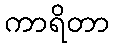
ကာရိတာ